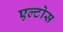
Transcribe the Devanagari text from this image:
एल्टोस